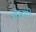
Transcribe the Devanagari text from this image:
चेलगी